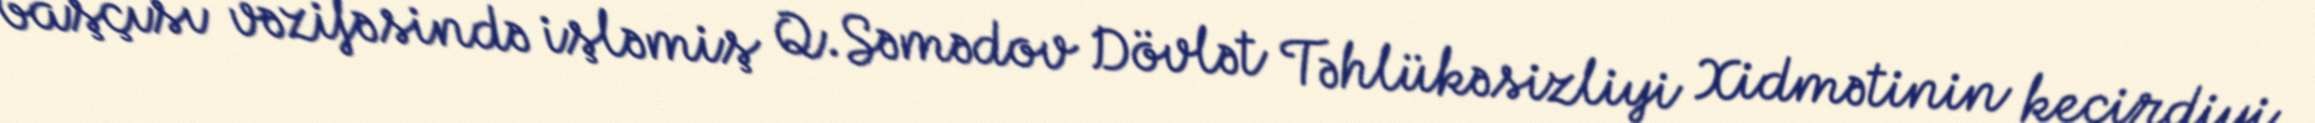
başçısı vəzifəsində işləmiş Q.Səmədov Dövlət Təhlükəsizliyi Xidmətinin keçirdiyi